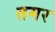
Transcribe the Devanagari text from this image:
तमर